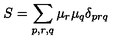
S = \sum _ { p , r , q } \mu _ { r } \mu _ { q } \delta _ { p r q }